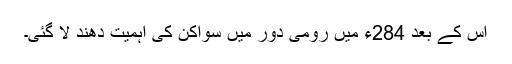
اس کے بعد 284ء میں رومی دور میں سواکن کی اہمیت دھند لا گئی۔